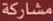
مشاركة